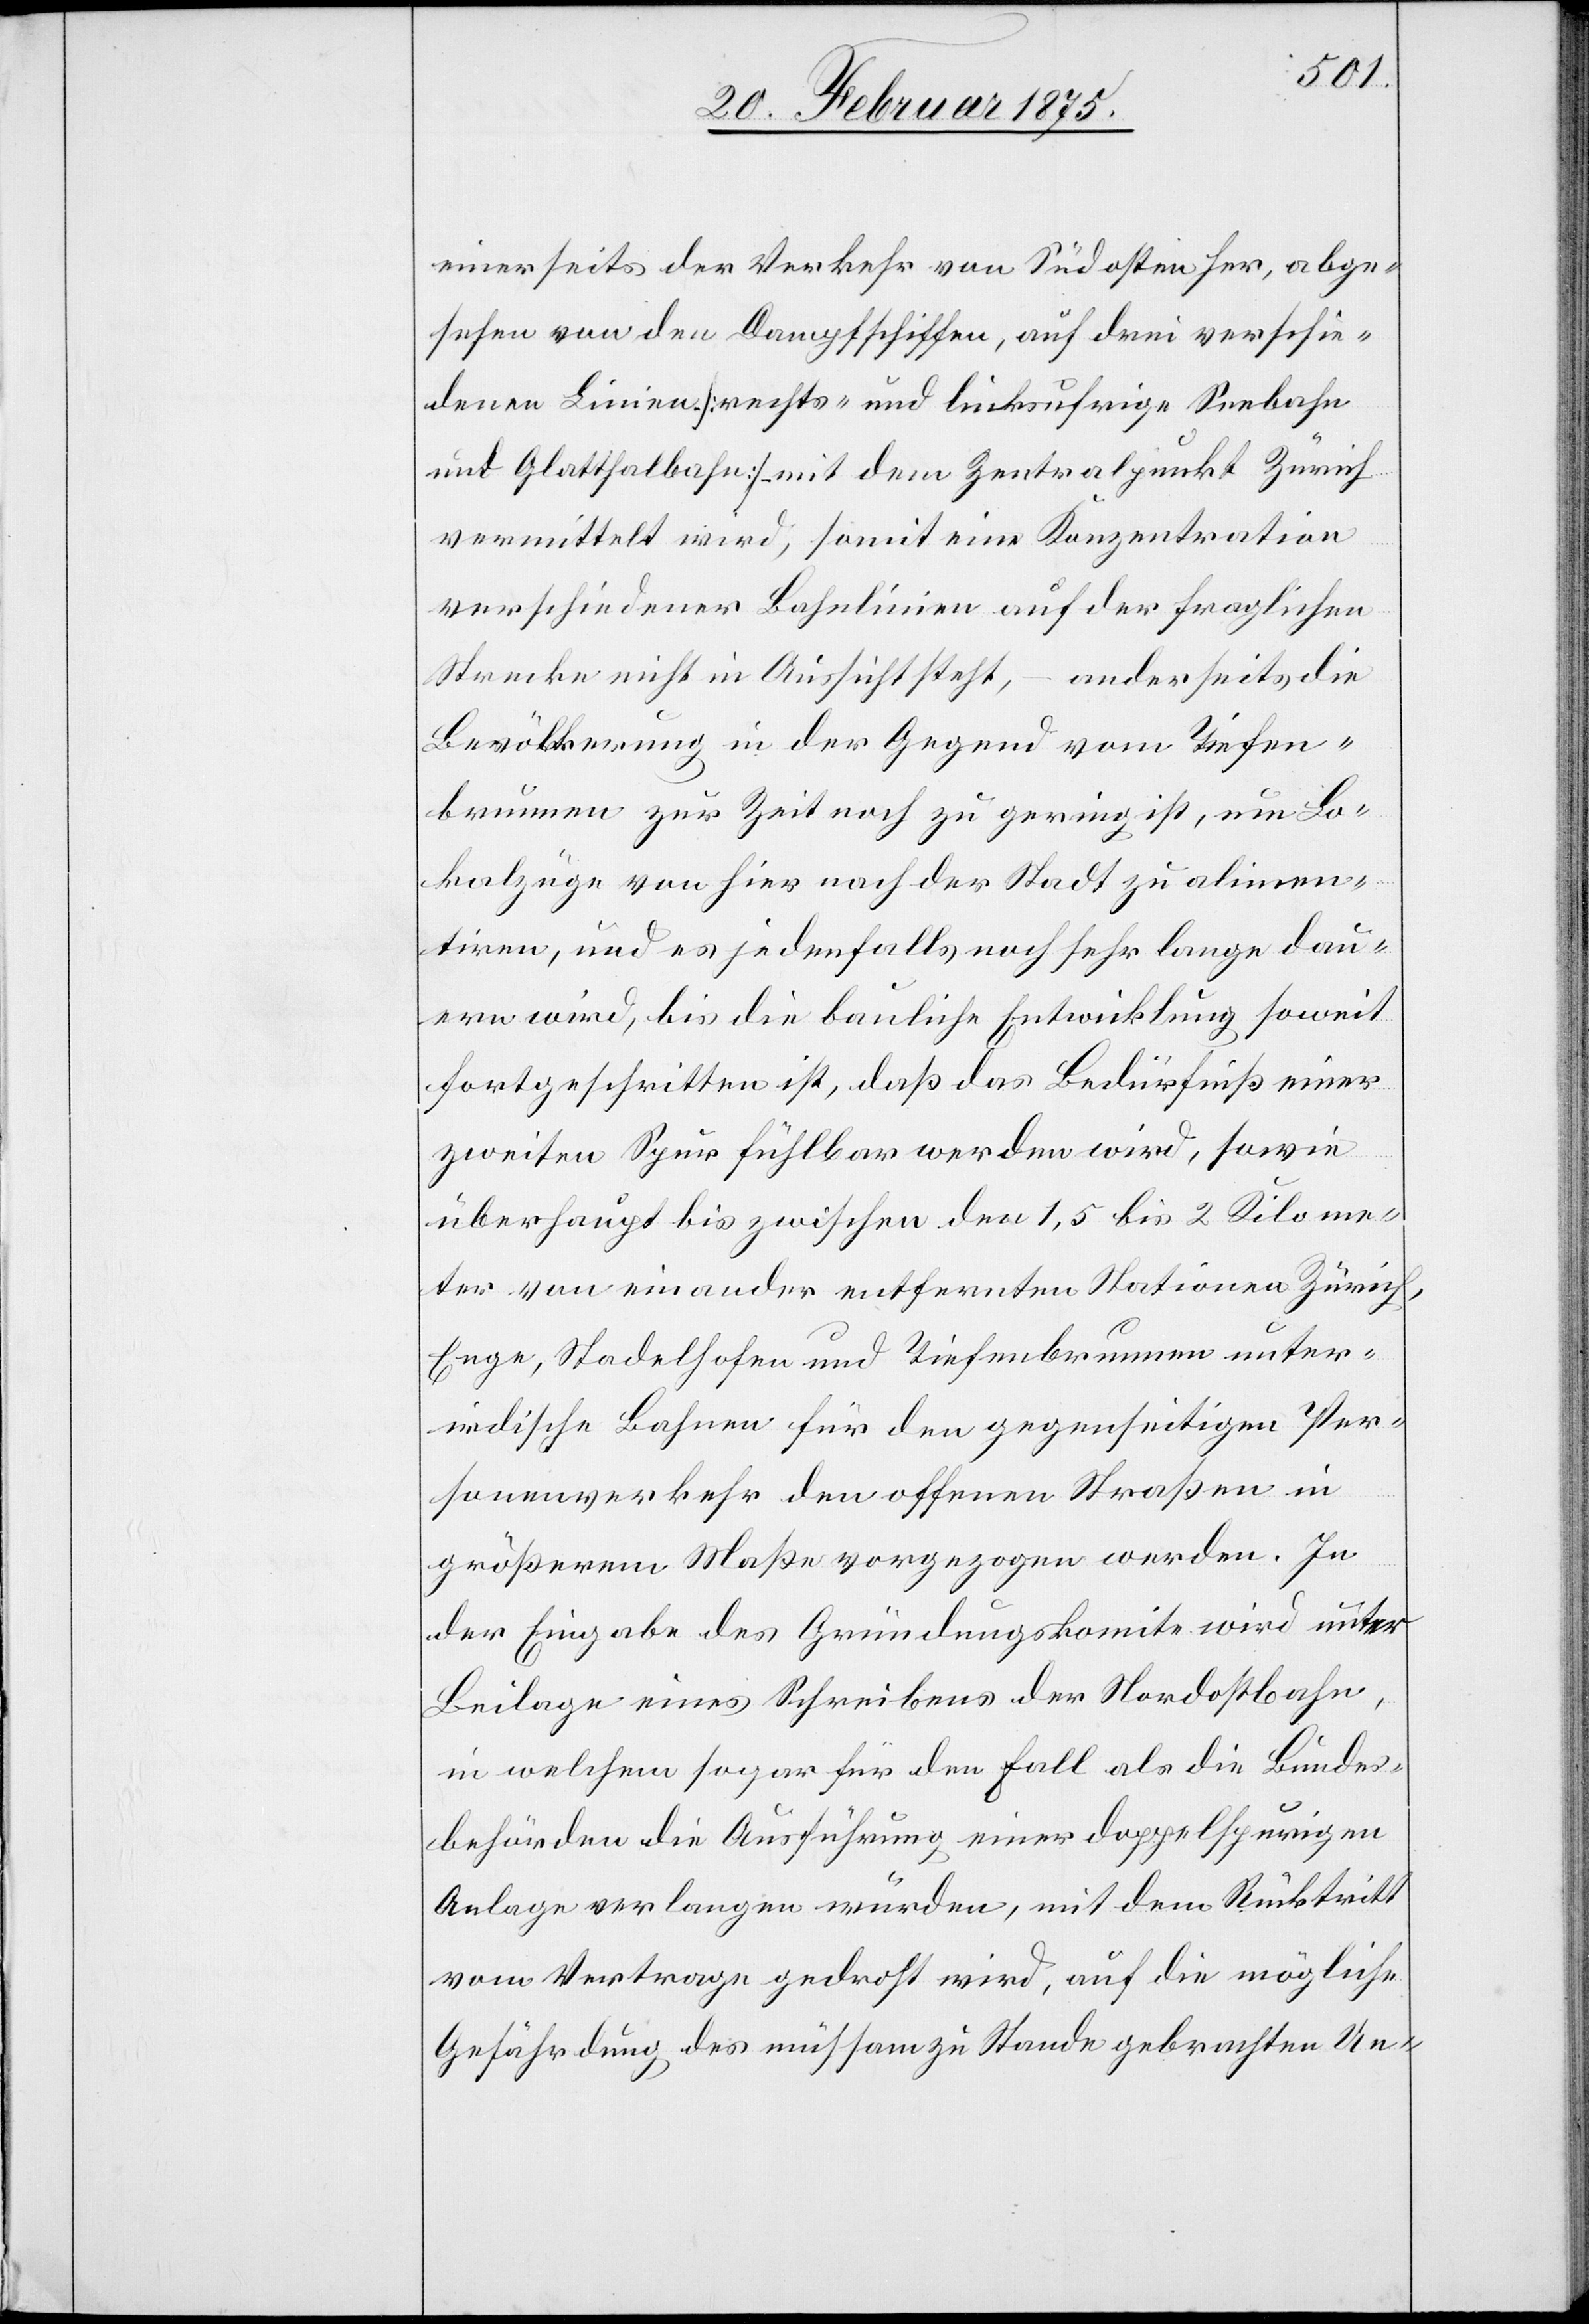
einerseits der Verkehr von Südosten her, abge¬
sehen von den Dampfschiffen, auf drei verschie¬
denen Linien [rechts- und linksufrige Seebahn
und Glatthalbahn] mit dem Zentralpunkt Zürich
vermittelt wird, somit eine Konzentration
verschiedener Bahnlinien auf der fraglichen
Strecke nicht in Aussicht steht, – anderseits die
Bevölkerung in der Gegend vom Tiefen¬
brunnen zur Zeit noch zu gering ist, um Lo¬
kalzüge von hier nach der Stadt zu alimen¬
tiren, und es jedenfalls noch sehr lange dau¬
ern wird, bis die bauliche Entwicklung soweit
fortgeschritten ist, daß das Bedürfniß einer
zweiten Spur fühlbar werden wird, sowie
überhaupt bis zwischen den 1,5 bis 2 Kilome¬
ter von einander entfernten Stationen Zürich,
Enge, Stadelhofen und Tiefenbrunnen unter¬
irdische Bahnen für den gegenseitigen Per¬
sonenverkehr den offenen Straßen in
größerem Maße vorgezogen werden. In
der Eingabe des Gründungskomite wird unter
Beilage eines Schreibens der Nordostbahn,
in welchem sogar für den Fall als die Bundes¬
behörden die Ausführung einer doppelspurigen
Anlage verlangen würden, mit dem Rücktritt
vom Vertrage gedroht wird, auf die mögliche
Gefährdung des mühsam zu Stande gebrachten Un-